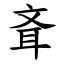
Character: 斊